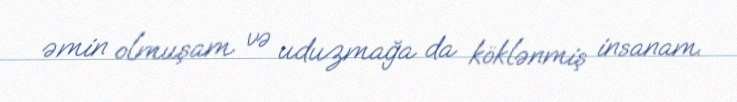
əmin olmuşam və uduzmağa da köklənmiş insanam.